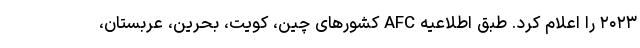
۲۰۲۳ را اعلام کرد. طبق اطلاعیه AFC کشورهای چین، کویت، بحرین، عربستان،